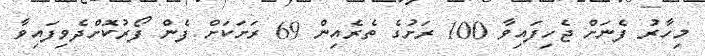
މިހާރު ފެނަށް ޖެހިފައިވާ 100 ރަށުގެ ތެރެއިން 69 ރަށަކަށް ފެން ފޯރުކޮށްދެވިފައިވާ